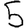
Digit: 5